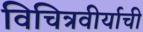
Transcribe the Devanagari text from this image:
विचित्रवीर्याची